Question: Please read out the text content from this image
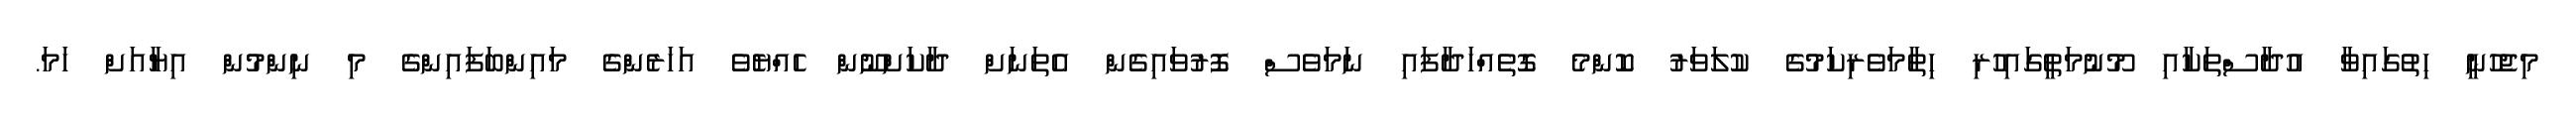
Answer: މިޖެހުނީ ހިތުގައިވާ އުދާސްތަކާއި މޫނުމަތީގައިހުރި ހިތާމަވެރިކަމުގެ ކުލަވަރު ކޮންމެ ގޮތެއްހަދާފައި ނަމަވެސް ފޮރުވައިގެން އެތަނަށް ދާކަށްނޫން ހެއްޔެވެ އަހަރެންގެ މައިންބަފައިންގެ މި ނިންމުން އިޔާއަށް ހަމަ.